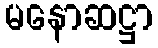
မနောဆဋ္ဌာ